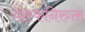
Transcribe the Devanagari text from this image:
यास्कनिरुक्त